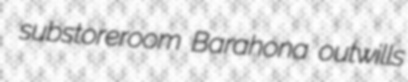
substoreroom Barahona outwills